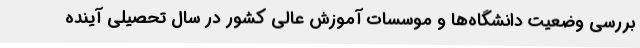
بررسی وضعیت دانشگاه‌ها و موسسات آموزش عالی کشور در سال تحصیلی آینده